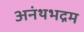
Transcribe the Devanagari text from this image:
अनंथभद्रम